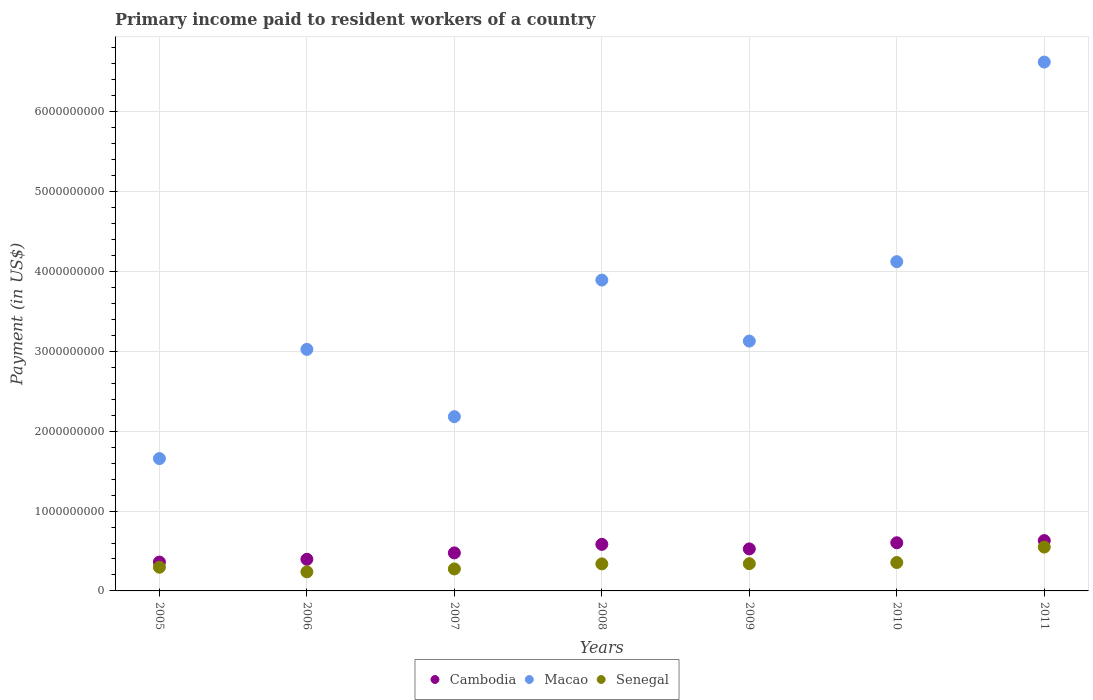
| Years | Cambodia | Macao | Senegal |
 | --- | --- | --- | --- |
 | 2005 | 3.61e+08 | 1.66e+09 | 2.96e+08 |
 | 2006 | 3.96e+08 | 3.02e+09 | 2.39e+08 |
 | 2007 | 4.76e+08 | 2.18e+09 | 2.75e+08 |
 | 2008 | 5.83e+08 | 3.89e+09 | 3.39e+08 |
 | 2009 | 5.26e+08 | 3.13e+09 | 3.41e+08 |
 | 2010 | 6.03e+08 | 4.12e+09 | 3.56e+08 |
 | 2011 | 6.3e+08 | 6.62e+09 | 5.49e+08 |